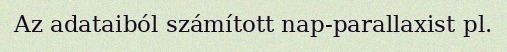
Az adataiból számított nap-parallaxist pl.